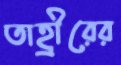
তাহ্রীরের